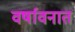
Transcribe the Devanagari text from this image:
वर्षावनात